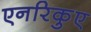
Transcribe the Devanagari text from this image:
एनरिकुए